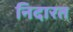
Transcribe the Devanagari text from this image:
निदारत